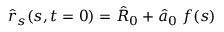
\hat { r } _ { s } ( s , t = 0 ) = \hat { R } _ { 0 } + \hat { a } _ { 0 } \; f ( s )